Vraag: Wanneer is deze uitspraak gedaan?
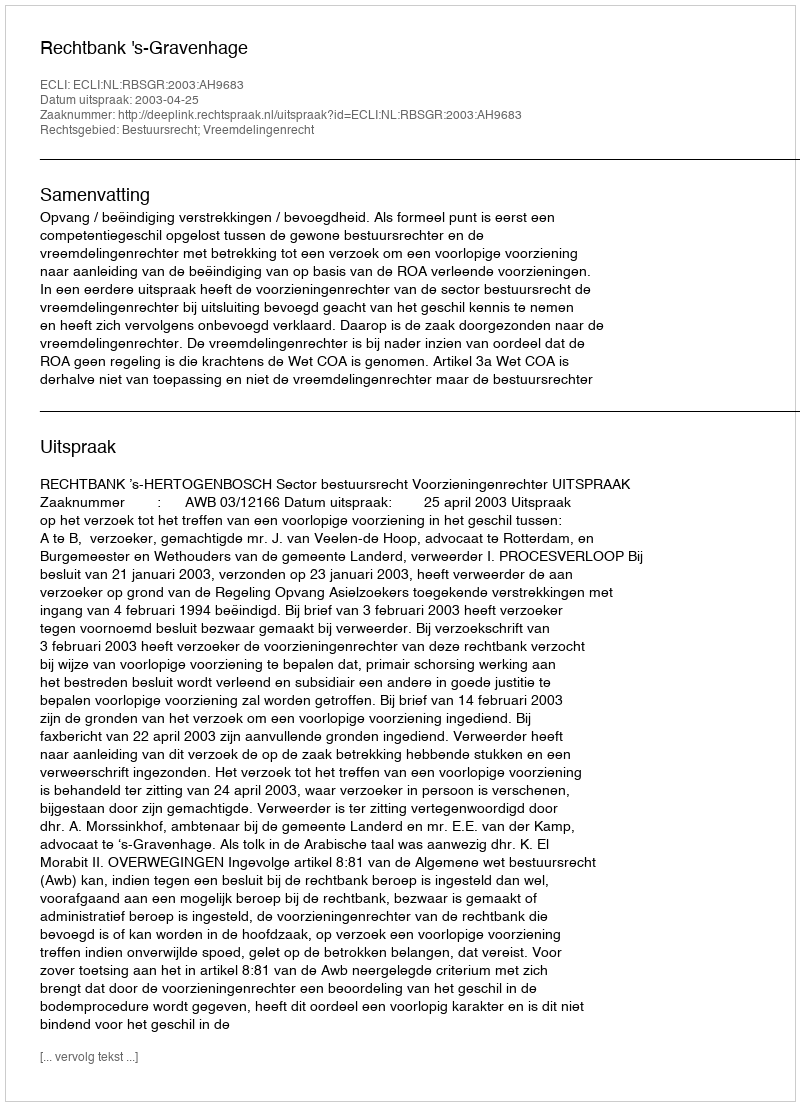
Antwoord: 2003-04-25